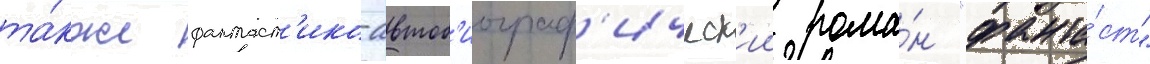
та́кже фантаст'ико-автоб'иограф'ическ'ии рома́н "фанта́ст"